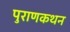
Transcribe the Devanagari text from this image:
पुराणकथन